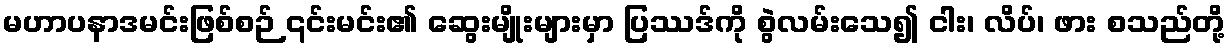
မဟာပနာဒမင်းဖြစ်စဉ် ၎င်းမင်း၏ ဆွေးမျိုးများမှာ ပြဿဒ်ကို စွဲလမ်းသေ၍ ငါး၊ လိပ်၊ ဖား စသည်တို့